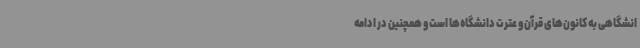
انشگاهی به کانون‌های قرآن و عترت دانشگاه‌ها است و همچنین در ادامه